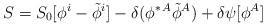
\begin{align*}S = S_0 [\phi^i -\tilde \phi^i ] - \delta (\phi^{\ast\,A}\tilde \phi^A ) + \delta \psi [\phi^A]\end{align*}